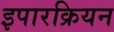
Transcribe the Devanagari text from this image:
इपारक्रियन